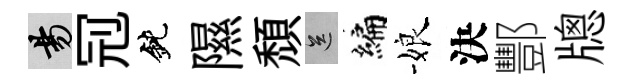
昜𠜍鈍隰頹送编娘決酆牕